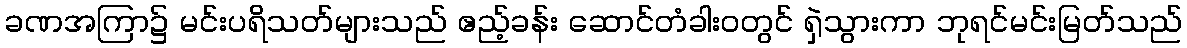
ခဏအကြာ၌ မင်းပရိသတ်များသည် ဧည့်ခန်း ဆောင်တံခါးဝတွင် ရှဲသွားကာ ဘုရင်မင်းမြတ်သည်